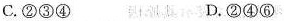
C.②③④ D.②④⑥